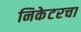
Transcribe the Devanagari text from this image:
निकेटरचा